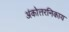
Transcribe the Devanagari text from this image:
अंकोत्तरनिकाय